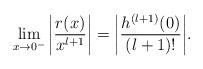
LaTeX: \begin{align*}&\lim_{x\rightarrow 0^-}\bigg|\frac{r(x)}{x^{l+1}}\bigg|=\bigg|\frac{h^{(l+1)}(0)}{(l+1)!}\bigg|.\end{align*}